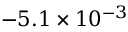
- 5 . 1 \times 1 0 ^ { - 3 }